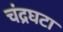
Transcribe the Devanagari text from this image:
चंद्रघटा